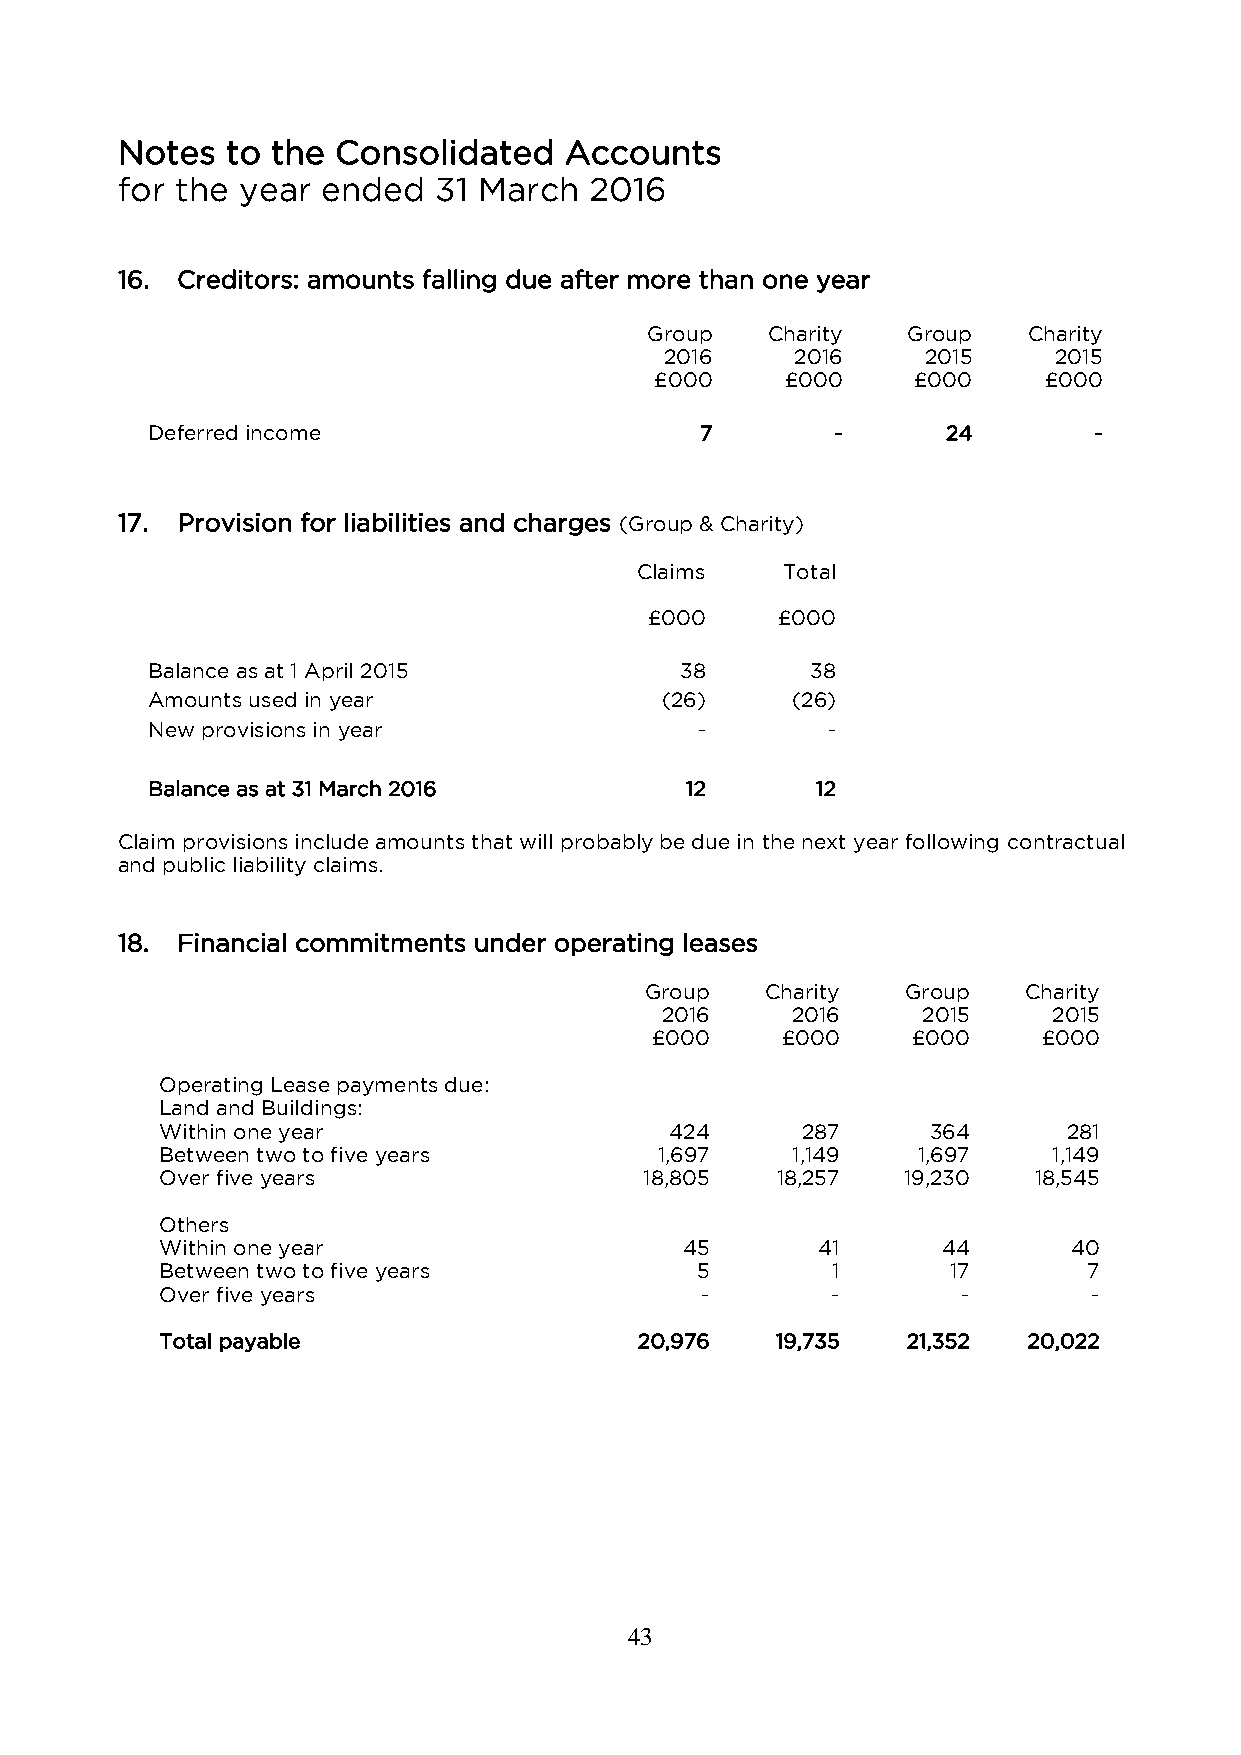
Notes  to the Consolidated   Accounts
 for the year ended   31 March  2016
 16. Creditors: amounts falling due after more than one year
 Group   Charity  Group   Charity
 2016     2016    2015     2015
 £000     £000     £000    £000
 Deferred income                     7        -       24       -
 17. Provision for liabilities and charges (Group & Charity)
 Claims    Total
 £000    £000
 Balance as at 1 April 2015         38       38
 Amounts used in year              (26)    (26)
 New provisions in year              -        -
 Balance as at 31 March 2016        12       12
 Claim provisions include amounts that will probably be due in the next year following contractual
 and public liability claims.
 18. Financial commitments under operating leases
 Group   Charity  Group   Charity
 2016    2016     2015     2015
 £000     £000    £000     £000
 Operating Lease payments due:
 Land and Buildings:
 Within one year                  424      287      364      281
 Between two to five years        1,697   1,149    1,697    1,149
 Over five years                 18,805  18,257   19,230  18,545
 Others
 Within one year                   45       41      44       40
 Between two to five years          5        1       17       7
 Over five years                    -        -        -       -
 Total payable                  20,976   19,735   21,352  20,022
 43